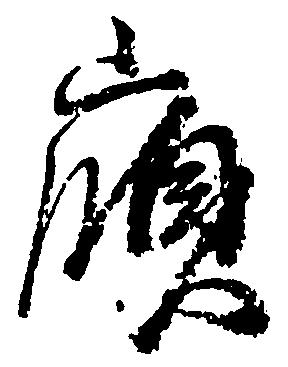
嶺